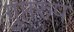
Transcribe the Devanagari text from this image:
गुप्तरुप